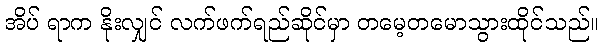
အိပ် ရာက နိုးလျှင် လက်ဖက်ရည်ဆိုင်မှာ တမေ့တမောသွားထိုင်သည်။